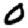
Digit: 0